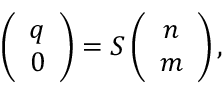
\left( \begin{array} { c } { { q } } \\ { { 0 } } \end{array} \right) = S \left( \begin{array} { c } { { n } } \\ { { m } } \end{array} \right) ,